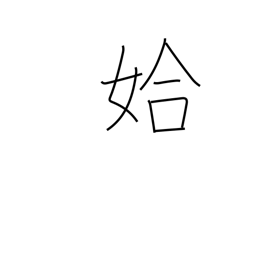
Meaning: good-looking